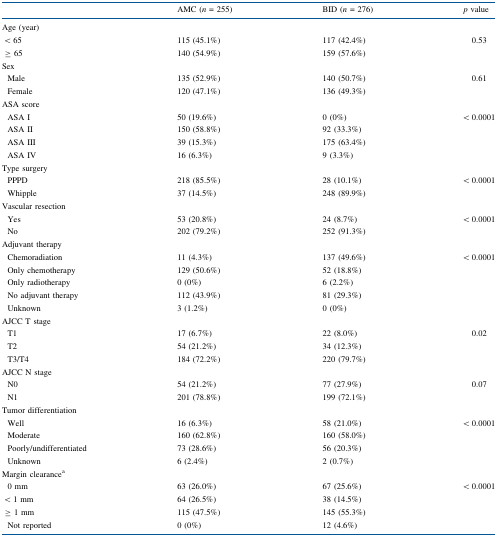
<table><thead><tr><td></td><td><b>AMC (<i>n</i> = 255)</b></td><td><b>BID (<i>n</i> = 276)</b></td><td><b><i>p</i> value</b></td></tr></thead><tbody><tr><td colspan="4">Age (year)</td></tr><tr><td> &lt; 65</td><td>115 (45.1%)</td><td>117 (42.4%)</td><td rowspan="2">0.53</td></tr><tr><td> ≥ 65</td><td>140 (54.9%)</td><td>159 (57.6%)</td></tr><tr><td colspan="4">Sex</td></tr><tr><td> Male</td><td>135 (52.9%)</td><td>140 (50.7%)</td><td rowspan="2">0.61</td></tr><tr><td> Female</td><td>120 (47.1%)</td><td>136 (49.3%)</td></tr><tr><td colspan="4">ASA score</td></tr><tr><td> ASA I</td><td>50 (19.6%)</td><td>0 (0%)</td><td rowspan="4">&lt; 0.0001</td></tr><tr><td> ASA II</td><td>150 (58.8%)</td><td>92 (33.3%)</td></tr><tr><td> ASA III</td><td>39 (15.3%)</td><td>175 (63.4%)</td></tr><tr><td> ASA IV</td><td>16 (6.3%)</td><td>9 (3.3%)</td></tr><tr><td colspan="4">Type surgery</td></tr><tr><td> PPPD</td><td>218 (85.5%)</td><td>28 (10.1%)</td><td rowspan="2">&lt; 0.0001</td></tr><tr><td> Whipple</td><td>37 (14.5%)</td><td>248 (89.9%)</td></tr><tr><td colspan="4">Vascular resection</td></tr><tr><td> Yes</td><td>53 (20.8%)</td><td>24 (8.7%)</td><td rowspan="2">&lt; 0.0001</td></tr><tr><td> No</td><td>202 (79.2%)</td><td>252 (91.3%)</td></tr><tr><td colspan="4">Adjuvant therapy</td></tr><tr><td> Chemoradiation</td><td>11 (4.3%)</td><td>137 (49.6%)</td><td rowspan="5">&lt; 0.0001</td></tr><tr><td> Only chemotherapy</td><td>129 (50.6%)</td><td>52 (18.8%)</td></tr><tr><td> Only radiotherapy</td><td>0 (0%)</td><td>6 (2.2%)</td></tr><tr><td> No adjuvant therapy</td><td>112 (43.9%)</td><td>81 (29.3%)</td></tr><tr><td> Unknown</td><td>3 (1.2%)</td><td>0 (0%)</td></tr><tr><td colspan="4">AJCC T stage</td></tr><tr><td> T1</td><td>17 (6.7%)</td><td>22 (8.0%)</td><td rowspan="3">0.02</td></tr><tr><td> T2</td><td>54 (21.2%)</td><td>34 (12.3%)</td></tr><tr><td> T3/T4</td><td>184 (72.2%)</td><td>220 (79.7%)</td></tr><tr><td colspan="4">AJCC N stage</td></tr><tr><td> N0</td><td>54 (21.2%)</td><td>77 (27.9%)</td><td rowspan="2">0.07</td></tr><tr><td> N1</td><td>201 (78.8%)</td><td>199 (72.1%)</td></tr><tr><td colspan="4">Tumor differentiation</td></tr><tr><td> Well</td><td>16 (6.3%)</td><td>58 (21.0%)</td><td rowspan="4">&lt; 0.0001</td></tr><tr><td> Moderate</td><td>160 (62.8%)</td><td>160 (58.0%)</td></tr><tr><td> Poorly/undifferentiated</td><td>73 (28.6%)</td><td>56 (20.3%)</td></tr><tr><td> Unknown</td><td>6 (2.4%)</td><td>2 (0.7%)</td></tr><tr><td colspan="4">Margin clearance<sup>a</sup></td></tr><tr><td> 0 mm</td><td>63 (26.0%)</td><td>67 (25.6%)</td><td rowspan="4">&lt; 0.0001</td></tr><tr><td> &lt; 1 mm</td><td>64 (26.5%)</td><td>38 (14.5%)</td></tr><tr><td> ≥ 1 mm</td><td>115 (47.5%)</td><td>145 (55.3%)</td></tr><tr><td> Not reported</td><td>0 (0%)</td><td>12 (4.6%)</td></tr></tbody></table>